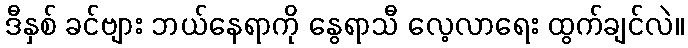
ဒီနှစ် ခင်ဗျား ဘယ်နေရာကို နွေရာသီ လေ့လာရေး ထွက်ချင်လဲ။